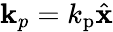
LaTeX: {\mathbf k}_{p}=k_{\mathrm{p}}\hat{\mathbf x}